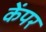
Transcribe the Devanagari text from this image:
केंपर